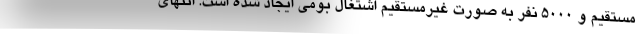
مستقیم و ۵۰۰۰ نفر به صورت غیرمستقیم اشتغال بومی ایجاد شده است. انتهای